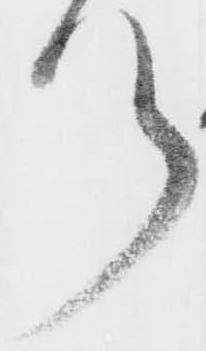
ツ